Lunatic asylums Madras 1877-1891 - 1877-1891
Year: 1877
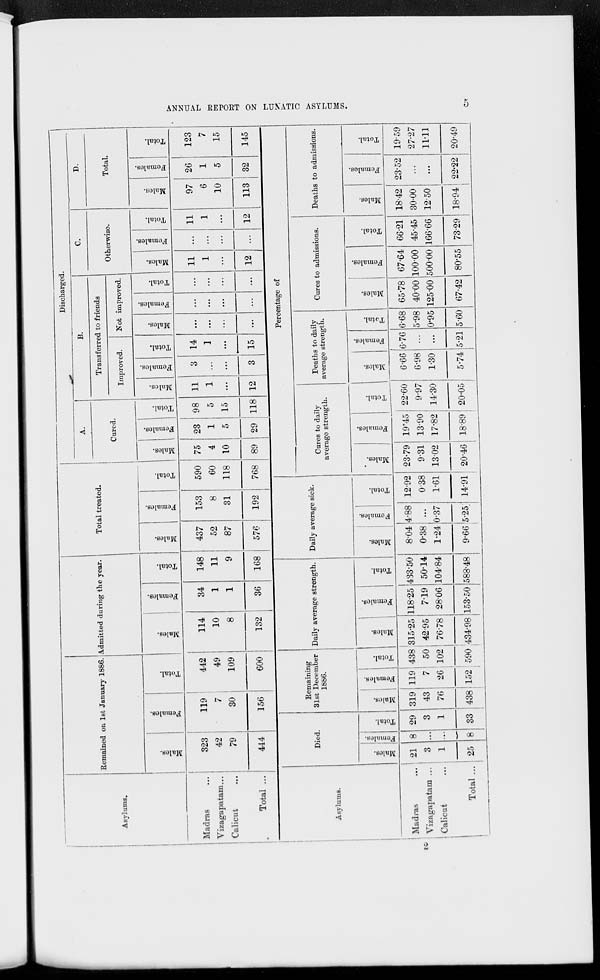
ANNUAL REPORT ON LUNATIC ASYLUMS.
5
Asylums.
Madras ...
Vizagapatam ...
Calicut ...
Total ...
Remained on 1st January 1886.
Males.
323
42
79
444
Females.
119
7
30
156
Total.
442
49
109
600
Admitted daring the year.
Males.
114
10
8
132
Females.
34
1
1
36
Total.
148
11
9
168
Total treated.
Males.
437
52
87
576
Females.
153
8
31
192
Total.
590
60
118
768
Discharged.
A.
Cured.
Males.
75
4
10
89
Females.
23
1
5
29
Total.
98
5
15
118
B.
Transferred to friends
Improved.
Males.
11
1
...
12
Females.
3
...
...
3
Total.
14
1
...
15
Not improved.
Males.
...
...
...
...
Females.
...
...
...
...
Total.
...
...
...
...
C.
Otherwise.
Males.
11
1
...
12
Females.
...
...
...
...
Total.
11
1
...
12
D.
Total.
Males.
97
6
10
113
Females.
26
1
5
32
Total.
123
7
15
145
Asylums.
Madras ...
Vizagapatam ...
Calicut ...
Total ...
Died.
Males.
21
3
1
25
Females.
8
...
...
8
Total.
29
3
1
33
Remaining
31st December
1886.
Males.
319
43
76
438
Females.
119
7
26
152
Total.
438
50
102
590
Daily average strength.
Males.
315.25
42.95
76.78
434.98
Females.
118.25
7.19
28.06
153.50
Total.
433.50
50.14
104.84
588.48
Daily average sick.
Males.
8.04
0.38
1.24
9.66
Females.
4.88
...
0.37
5.25
Total.
12.92
0.38
1.61
14.91
Percentage of
Cures to daily
average strength.
Males.
23.79
9.31
13.02
20.46
Females.
19.45
13.90
17.82
18.89
Total.
22.60
9.97
14.30
20.05
Deaths to daily
average strength.
Males.
6.66
6.98
1.30
5.74
Females.
6.76
...
...
5.21
Total.
6.68
5.98
0.95
5.60
Cures to admissions.
Males.
65.78
40.00
125.00
67.42
Females.
67.64
100.00
500.00
80.55
Total.
66.21
45.45
166.66
73.29
Deaths to admissions.
Males.
18.42
30.00
12.50
18.94
Females.
23.52
...
...
22.22
Total.
19.59
27.27
11.11
20.49
2